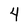
Character: 4